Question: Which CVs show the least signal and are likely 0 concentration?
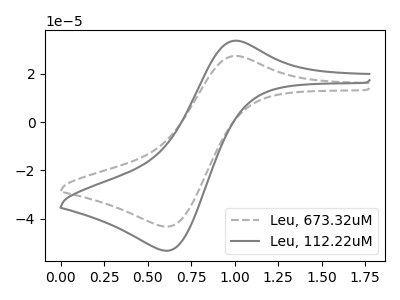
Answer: <think>The gray dashed curve "Leu, 673.32uM" has an anodic peak at (1.00V, 27.40uA) and a cathodic peak at (0.60V, -43.35uA). The gray curve "Leu, 112.22uM" has an anodic peak at (1.00V, 33.70uA) and a cathodic peak at (0.60V, -53.30uA).</think>
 <answer>There are not any CV's on this graph that are likely to be blanks.</answer>
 <eval>none</eval>